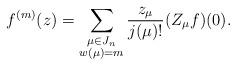
LaTeX: \begin{align*} f^{(m)}(z) = \sum_{\begin{subarray}{c} \mu \in J_n \\ w(\mu) = m \end{subarray}} \frac{z_\mu}{j(\mu)!} (Z_\mu f)(0). \end{align*}